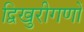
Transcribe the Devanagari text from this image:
द्विखुरीगणों